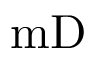
\mathrm { m D }